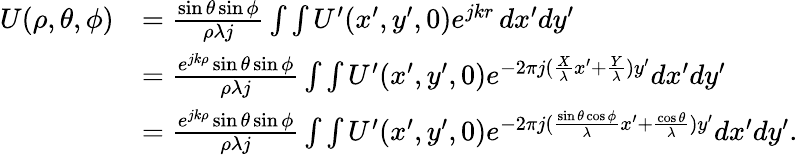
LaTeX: \begin{array}{rl}{U(\rho,\theta,\phi)}&{=\frac{\sin{\theta}\sin{\phi}}{\rho\lambda j}\int\int U^{\prime}(x^{\prime},y^{\prime},0){e^{jkr}}\, dx^{\prime}dy^{\prime}}\\ &{=\frac{e^{jk\rho}\sin{\theta}\sin{\phi}}{\rho\lambda j}\int\int U^{\prime}(x^{\prime},y^{\prime},0)e^{-2\pi j(\frac{X}{\lambda}x^{\prime}+\frac{Y}{\lambda})y^{\prime}}dx^{\prime}dy^{\prime}}\\ &{=\frac{e^{jk\rho}\sin{\theta}\sin{\phi}}{\rho\lambda j}\int\int U^{\prime}(x^{\prime},y^{\prime},0)e^{-2\pi j(\frac{\sin{\theta}\cos{\phi}}{\lambda}x^{\prime}+\frac{\cos{\theta}}{\lambda})y^{\prime}}dx^{\prime}dy^{\prime}.}\end{array}